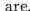
are.